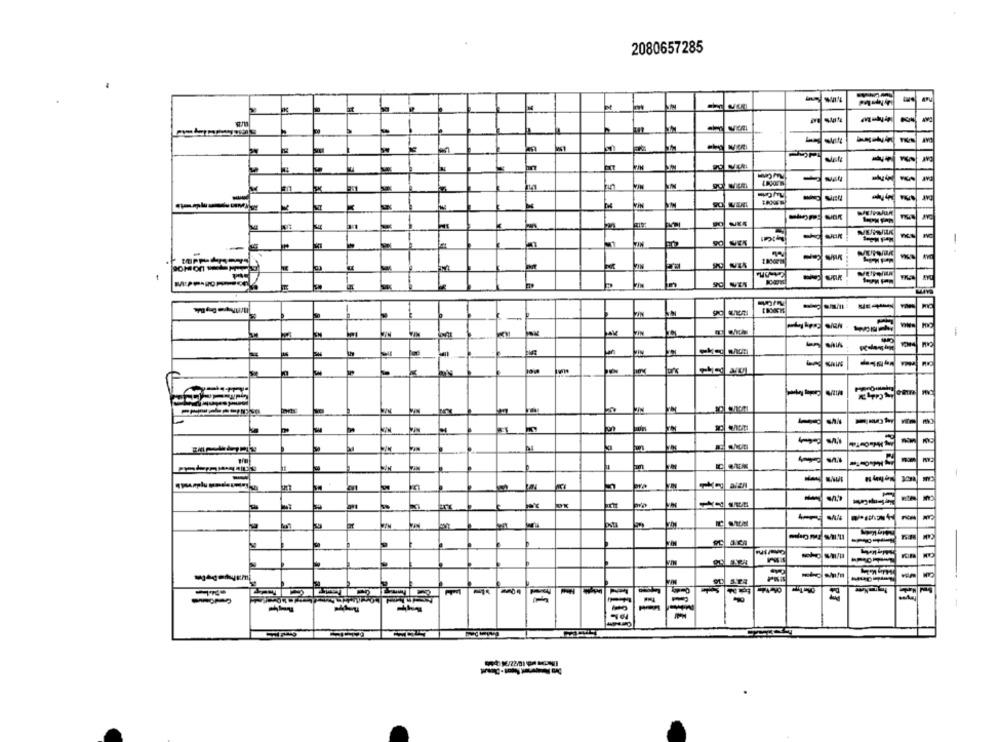
2080657285
--
2
--
الـ
DAT
-
-
VIN
-
--
1
CAM
-
-
--
-----